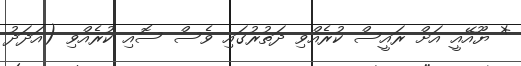
* ޔޫއޭއީ އަށް ރައީސް ކުރެއްވި ދަތުރުގައި ވެސް ސޮއި ކުރެއްވި (އަދަދު